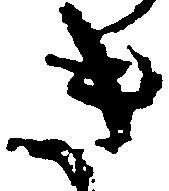
き